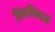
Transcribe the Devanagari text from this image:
भिनभिनाने